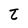
Character: t